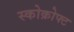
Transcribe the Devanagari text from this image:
स्कोक्रोफ्ट